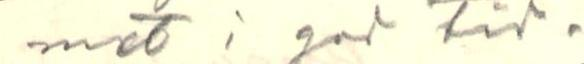
met i god tid.